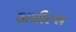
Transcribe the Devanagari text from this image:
अपील्‍स